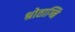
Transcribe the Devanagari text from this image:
श्रोताग्नि